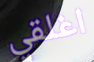
اغلقي